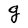
Character: g